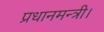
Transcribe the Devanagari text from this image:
प्रधानमन्त्री।